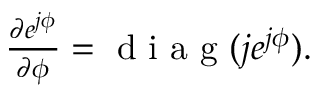
\begin{array} { r } { \frac { \partial e ^ { j \phi } } { \partial \phi } = \mathrm { ~ d ~ i ~ a ~ g ~ } ( j e ^ { j \phi } ) . } \end{array}